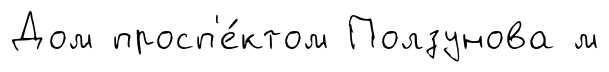
Дом просп'е́ктом Ползунова м